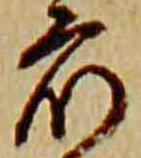
衆